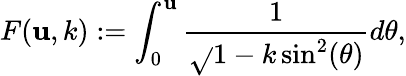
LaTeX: F(\mathbf{u},k):=\int_{0}^{\mathbf{u}}\frac{{1}}{{\sqrt{}{{1-k\sin^{2}(\theta)}}}}d\theta,